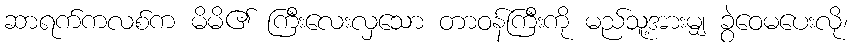
ဆာရက်ကလစ်က မိမိ၏ ကြီးလေးလှသော တာဝန်ကြီးကို မည်သူ့အားမျှ ခွဲဝေမပေးလို၊